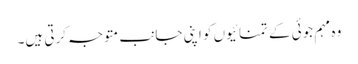
وہ مہم جوئی کے تمنائیوں کو اپنی جانب متوجہ کرتی ہیں۔